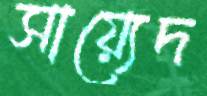
সায়্যেদ